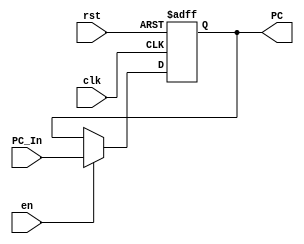
// This program was cloned from: https://github.com/Summer-Summer/ComputerArchitectureLab
// License: MIT License

//IFSegRegPC
module IFSegReg(
    input wire clk,
    input wire rst,
    input wire en,
    input wire [31:0] PC_In,
    output reg [31:0] PC
    );
    
    always@(posedge clk or posedge rst)
    begin
        if(rst)
            PC<=32'b0;
        else 
        begin
            if(en)
                PC<=PC_In;
            else
                PC<=PC;        
        end
    end
    
endmodule